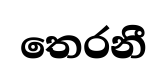
තෙරනී